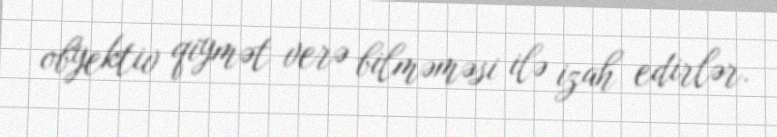
obyektiv qiymət verə bilməməsi ilə izah edirlər.